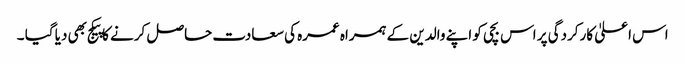
اس اعلیٰ کارکردگی پر اس بچی کو اپنے والدین کے ہمراہ عمرہ کی سعادت حاصل کرنے کا پیکج بھی دیا گیا ۔